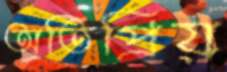
অতিপ্রিয়